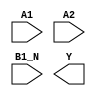
module sky130_fd_sc_ls__a21boi (
    //# {{data|Data Signals}}
    input  A1  ,
    input  A2  ,
    input  B1_N,
    output Y
);

    // Voltage supply signals
    supply1 VPWR;
    supply0 VGND;
    supply1 VPB ;
    supply0 VNB ;

endmodule